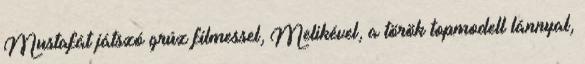
Mustafát játszó grúz filmessel, Melikével, a török topmodell lánnyal,